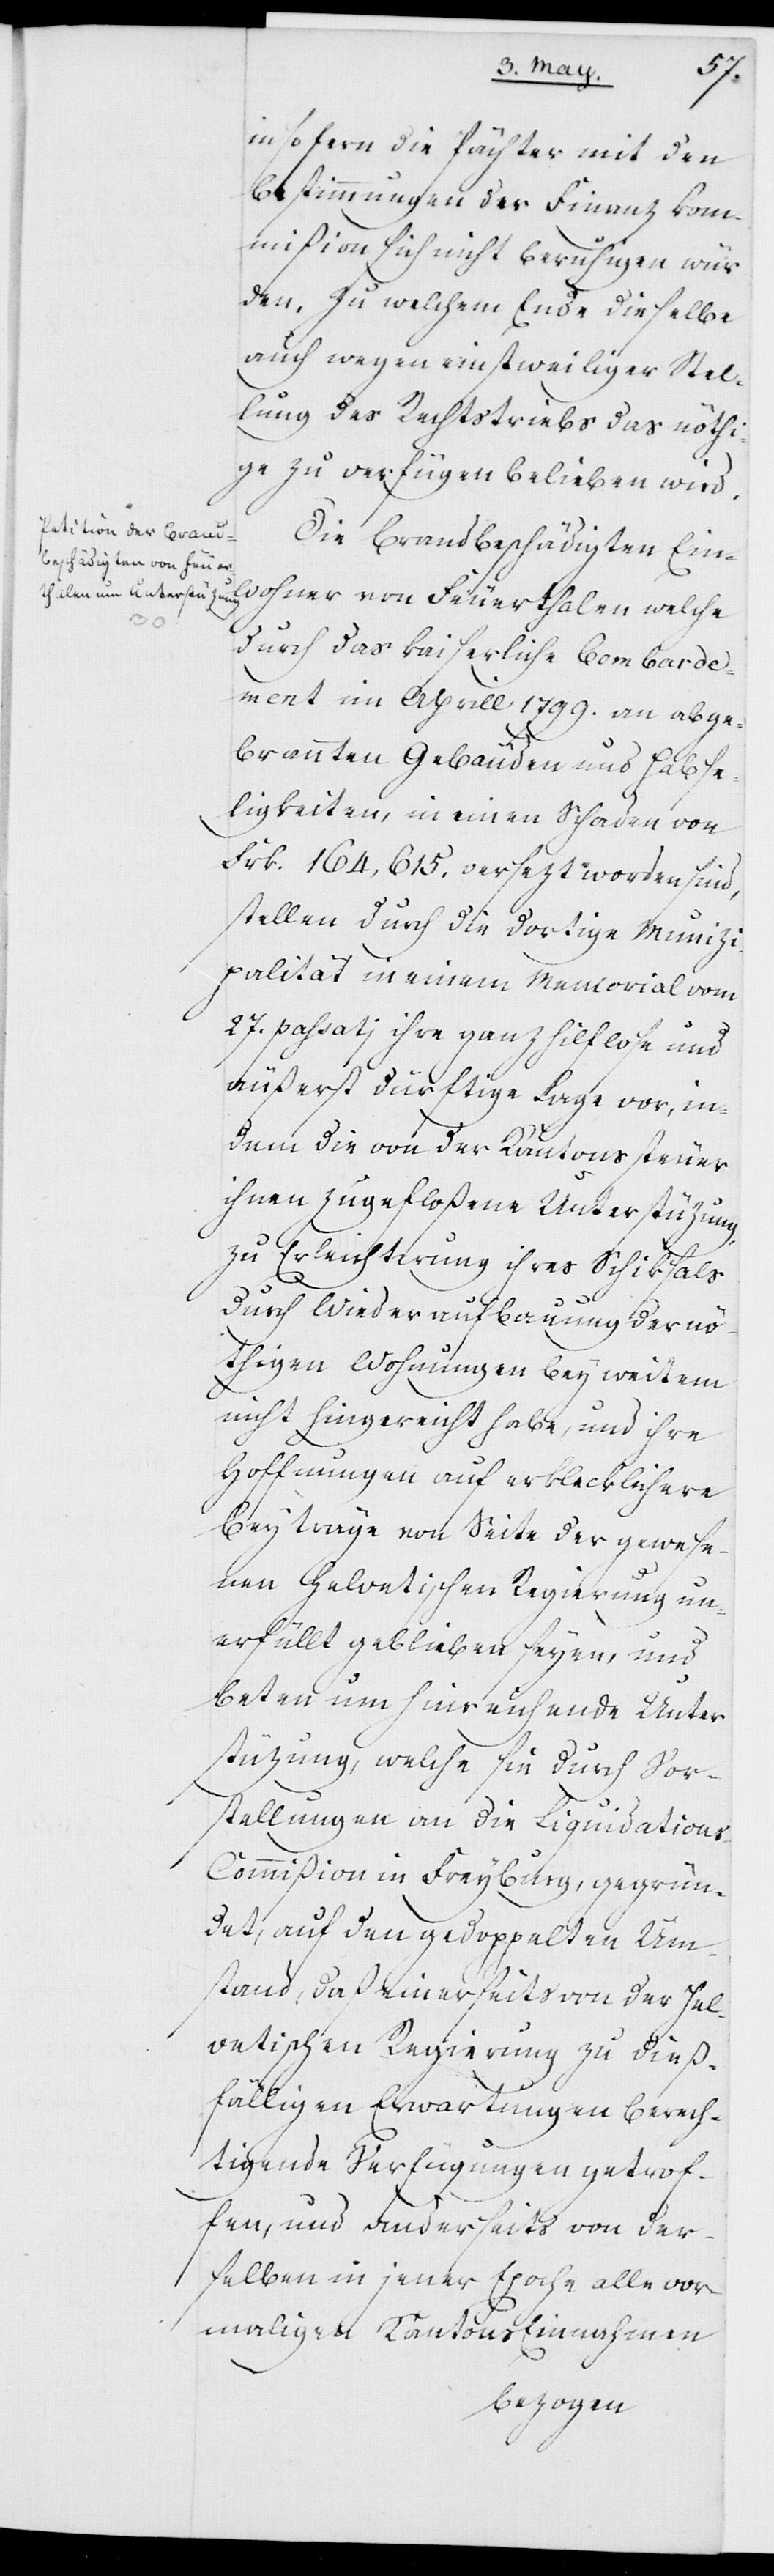
insofern die Pächter mit den
Bestimmungen der Finanz-Com¬
mißion sich nicht beruhigen wür¬
den, zu welchem Ende dieselbe
auch wegen einstweiliger Stel¬
lung des Rechtstriebs das nöthi¬
ge zu verfügen belieben wird.
Die brandbeschädigten Ein¬
wohner von Feuerthalen, welche
durch das kaiserliche Bombarde¬
ment im Aprill 1799. an abge¬
brannten Gebäuden und Habse¬
ligkeiten, in einen Schaden von
Frk. 164,615. versezt worden sind,
stellen durch die dortige Munici¬
palität in einem Memorial vom
27. passatj ihre ganz hilflose und
äußerst dürftige Lage vor, in¬
dem die von der Kantonssteuer
ihnen zugefloßene Unterstüzung
zu Erleichterung ihres Schiksals
durch Wiederaufbauung der nö¬
thigen Wohnungen bey weitem
nicht hingereicht habe, und ihre
Hoffnungen auf erklecklichere
Beyträge von Seite der gewese¬
nen Helvetischen Regierung un¬
erfüllt geblieben seyen, und
beten um hinreichende Unter¬
stüzung, welche sie durch Vor¬
stellungen an die Liquidations-C¬
ommißion in Freyburg, gegrün¬
det, auf den gedoppelten Um¬
stand, daß einerseits von der Hel¬
vetischen Regierung zu dieß¬
fälligen Erwartungen berech¬
tigende Verfügungen getrof¬
fen, und anderseits von der¬
selben in jener Epoche alle vor¬
maligen Kantons-Einnahmen